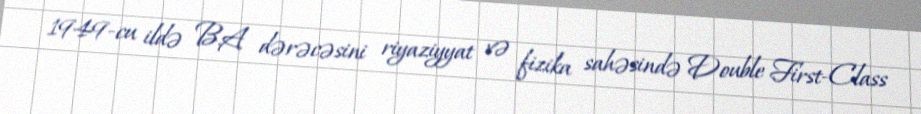
1949-cu ildə B.A dərəcəsini riyaziyyat və fizika sahəsində Double First-Class